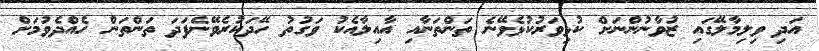
އަދި ވިލިމާލޭގައި ޒުވާނުންނަށް ކުޅިވަރުކުޅެވޭނެ ތަންތަނާއި އާއިލާއެކު ވަގުތު ހޭދަކުރެވޭނެފަދަ ތަންތަން ހެއްދެވުމަށް